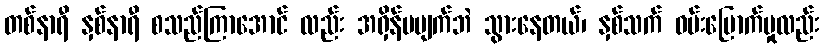
တစ်နာရီ နှစ်နာရီ စသည်ကြာအောင် လည်း အရှိန်မပျက်ဘဲ သွားနေတယ်၊ နှစ်သက် ဝမ်းမြောက်မှုလည်း